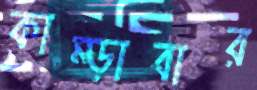
কাম্‌ড়াবার